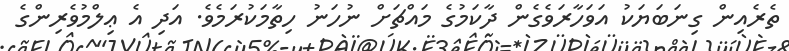
ތެރެއިން ގިނަބަޔަކު އަވަހާރަވެގެން ދާކަމުގެ މައްޗަށް ނުހަނު ހިތާމަކުރަމެވެ. އަދި އެ ޢިލްމުވެރިންގެ